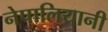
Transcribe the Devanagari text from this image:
नेपालियानी